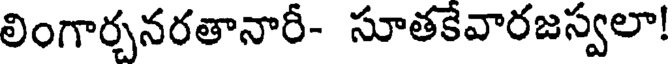
లింగార్చనరతానారీ- సూతకేవారజస్వలా!